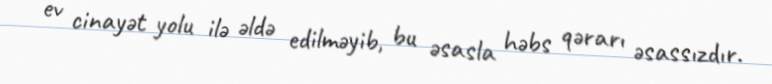
ev cinayət yolu ilə əldə edilməyib, bu əsasla həbs qərarı əsassızdır.